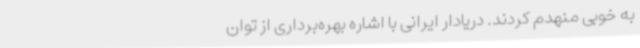
به خوبی منهدم کردند. دریادار ایرانی با اشاره بهره‌برداری از توان